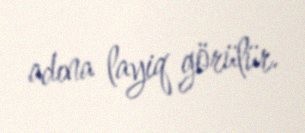
adına layiq görülür.